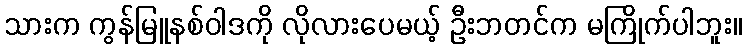
သားက ကွန်မြူနစ်ဝါဒကို လိုလားပေမယ့် ဦးဘတင်က မကြိုက်ပါဘူး။